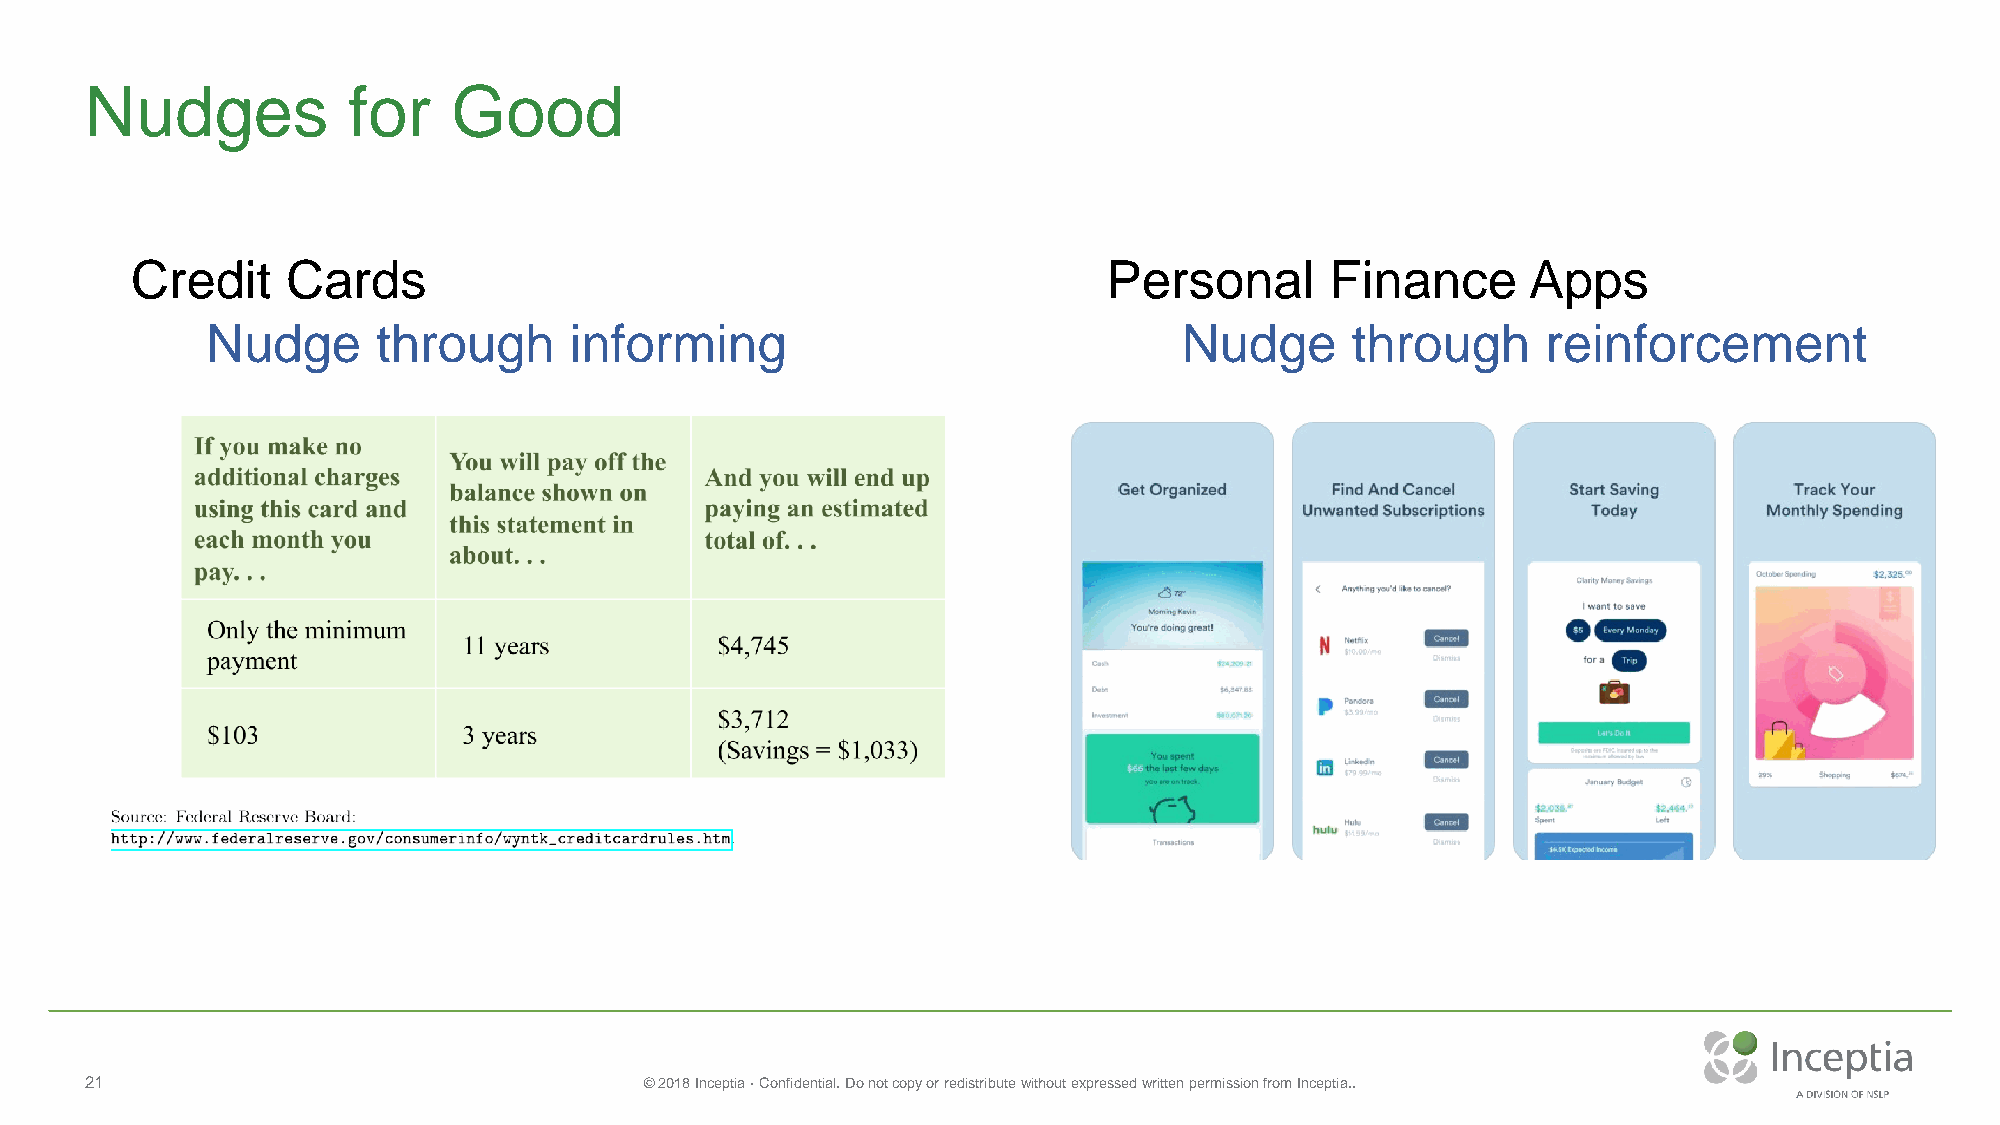
Nudges           for    Good
 Credit    Cards                                                 Personal       Finance      Apps
 Nudge      through      informing                               Nudge      through      reinforcement
 21                                   © 2018 Inceptia · Confidential. Do not copy or redistribute without expressed written permission from Inceptia..